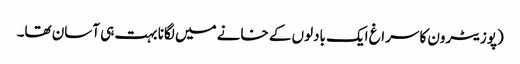
(پوزیٹرون کا سراغ ایک بادلوں کے خانے میں لگانا بہت ہی آسان تھا۔